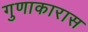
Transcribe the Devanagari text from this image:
गुणाकारास